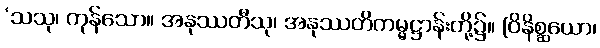
‘သသု၊ ကုန်သော။ အနုဿတီသု၊ အနုဿတိကမ္မဋ္ဌာန်းတို့၌။ (ဝိနိစ္ဆယော၊